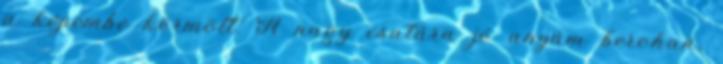
a képembe körmölt. A nagy csatára jó anyám berohan,